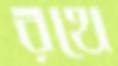
রথে